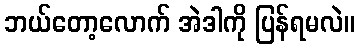
ဘယ်တော့လောက် အဲဒါကို ပြန်ရမလဲ။